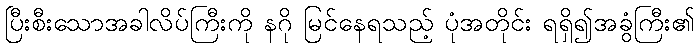
ပြီးစီးသောအခါလိပ်ကြီးကို နဂို မြင်နေရသည့် ပုံအတိုင်း ရရှိ၍အခွံကြီး၏